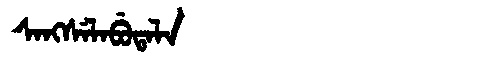
Manchu: ᠰᠠᠩᠰᡝᠯᠠᠪᡠᡨᠠᠯᠠ
Romanization: SANGSELABUTALA